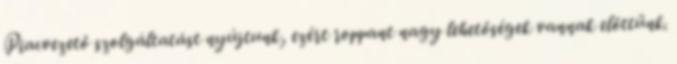
Piacvezető szolgáltatást nyújtunk, ezért roppant nagy lehetőségek vannak előttünk.